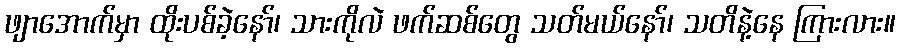
ဖျာအောက်မှာ ထိုးပစ်ခဲ့နော်၊ သားကိုလဲ ဖက်ဆစ်တွေ သတ်မယ်နော်၊ သတိနဲ့နေ ကြားလား။